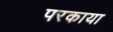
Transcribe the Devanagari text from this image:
परकाया